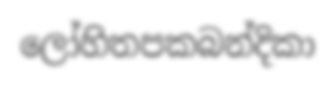
ලෝහිතපකබන්දිකා